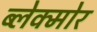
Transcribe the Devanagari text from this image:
ब्लेक्मोर